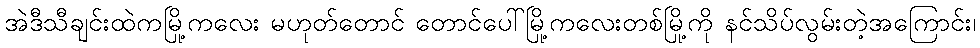
အဲဒီသီချင်းထဲကမြို့ကလေး မဟုတ်တောင် တောင်ပေါ်မြို့ကလေးတစ်မြို့ကို နင်သိပ်လွမ်းတဲ့အကြောင်း၊